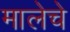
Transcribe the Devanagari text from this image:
मालेचे